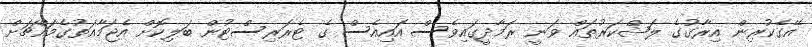
އޭގެކުރިން އިރާގުގެ ލަޝްކަރުތައް ވަނީ ރަމާދީގައިވެސް އައިއެސް ގެ ޓެރަރިސްޓުން ބަލިކޮށް އެޖަމާއަތުގެމައްޗަށް